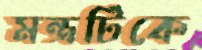
মন্ত্রটিকে